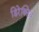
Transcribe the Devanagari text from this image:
डिरेक्टिव